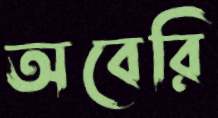
অবেরি